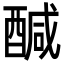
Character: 醎